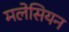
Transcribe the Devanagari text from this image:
मलेसियन